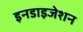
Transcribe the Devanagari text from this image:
इनडाइजेशन